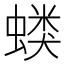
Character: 𰳍